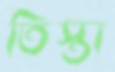
তিস্তা